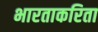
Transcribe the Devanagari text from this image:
भारताकरिता